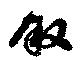
叙